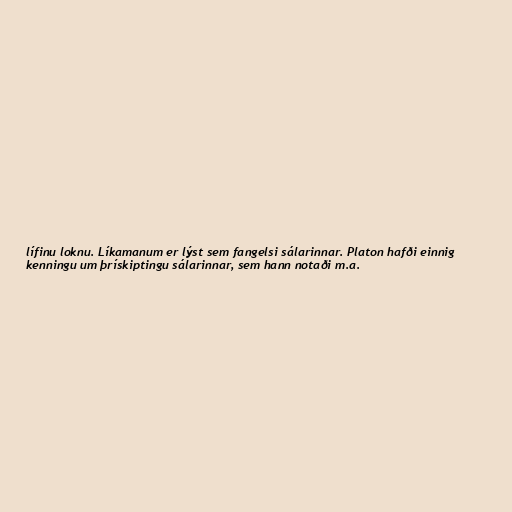
lífinu loknu. Líkamanum er lýst sem fangelsi sálarinnar. Platon hafði einnig
kenningu um þrískiptingu sálarinnar, sem hann notaði m.a.